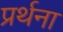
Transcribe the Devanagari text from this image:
प्रर्थना